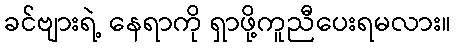
ခင်ဗျားရဲ့ နေရာကို ရှာဖို့ကူညီပေးရမလား။